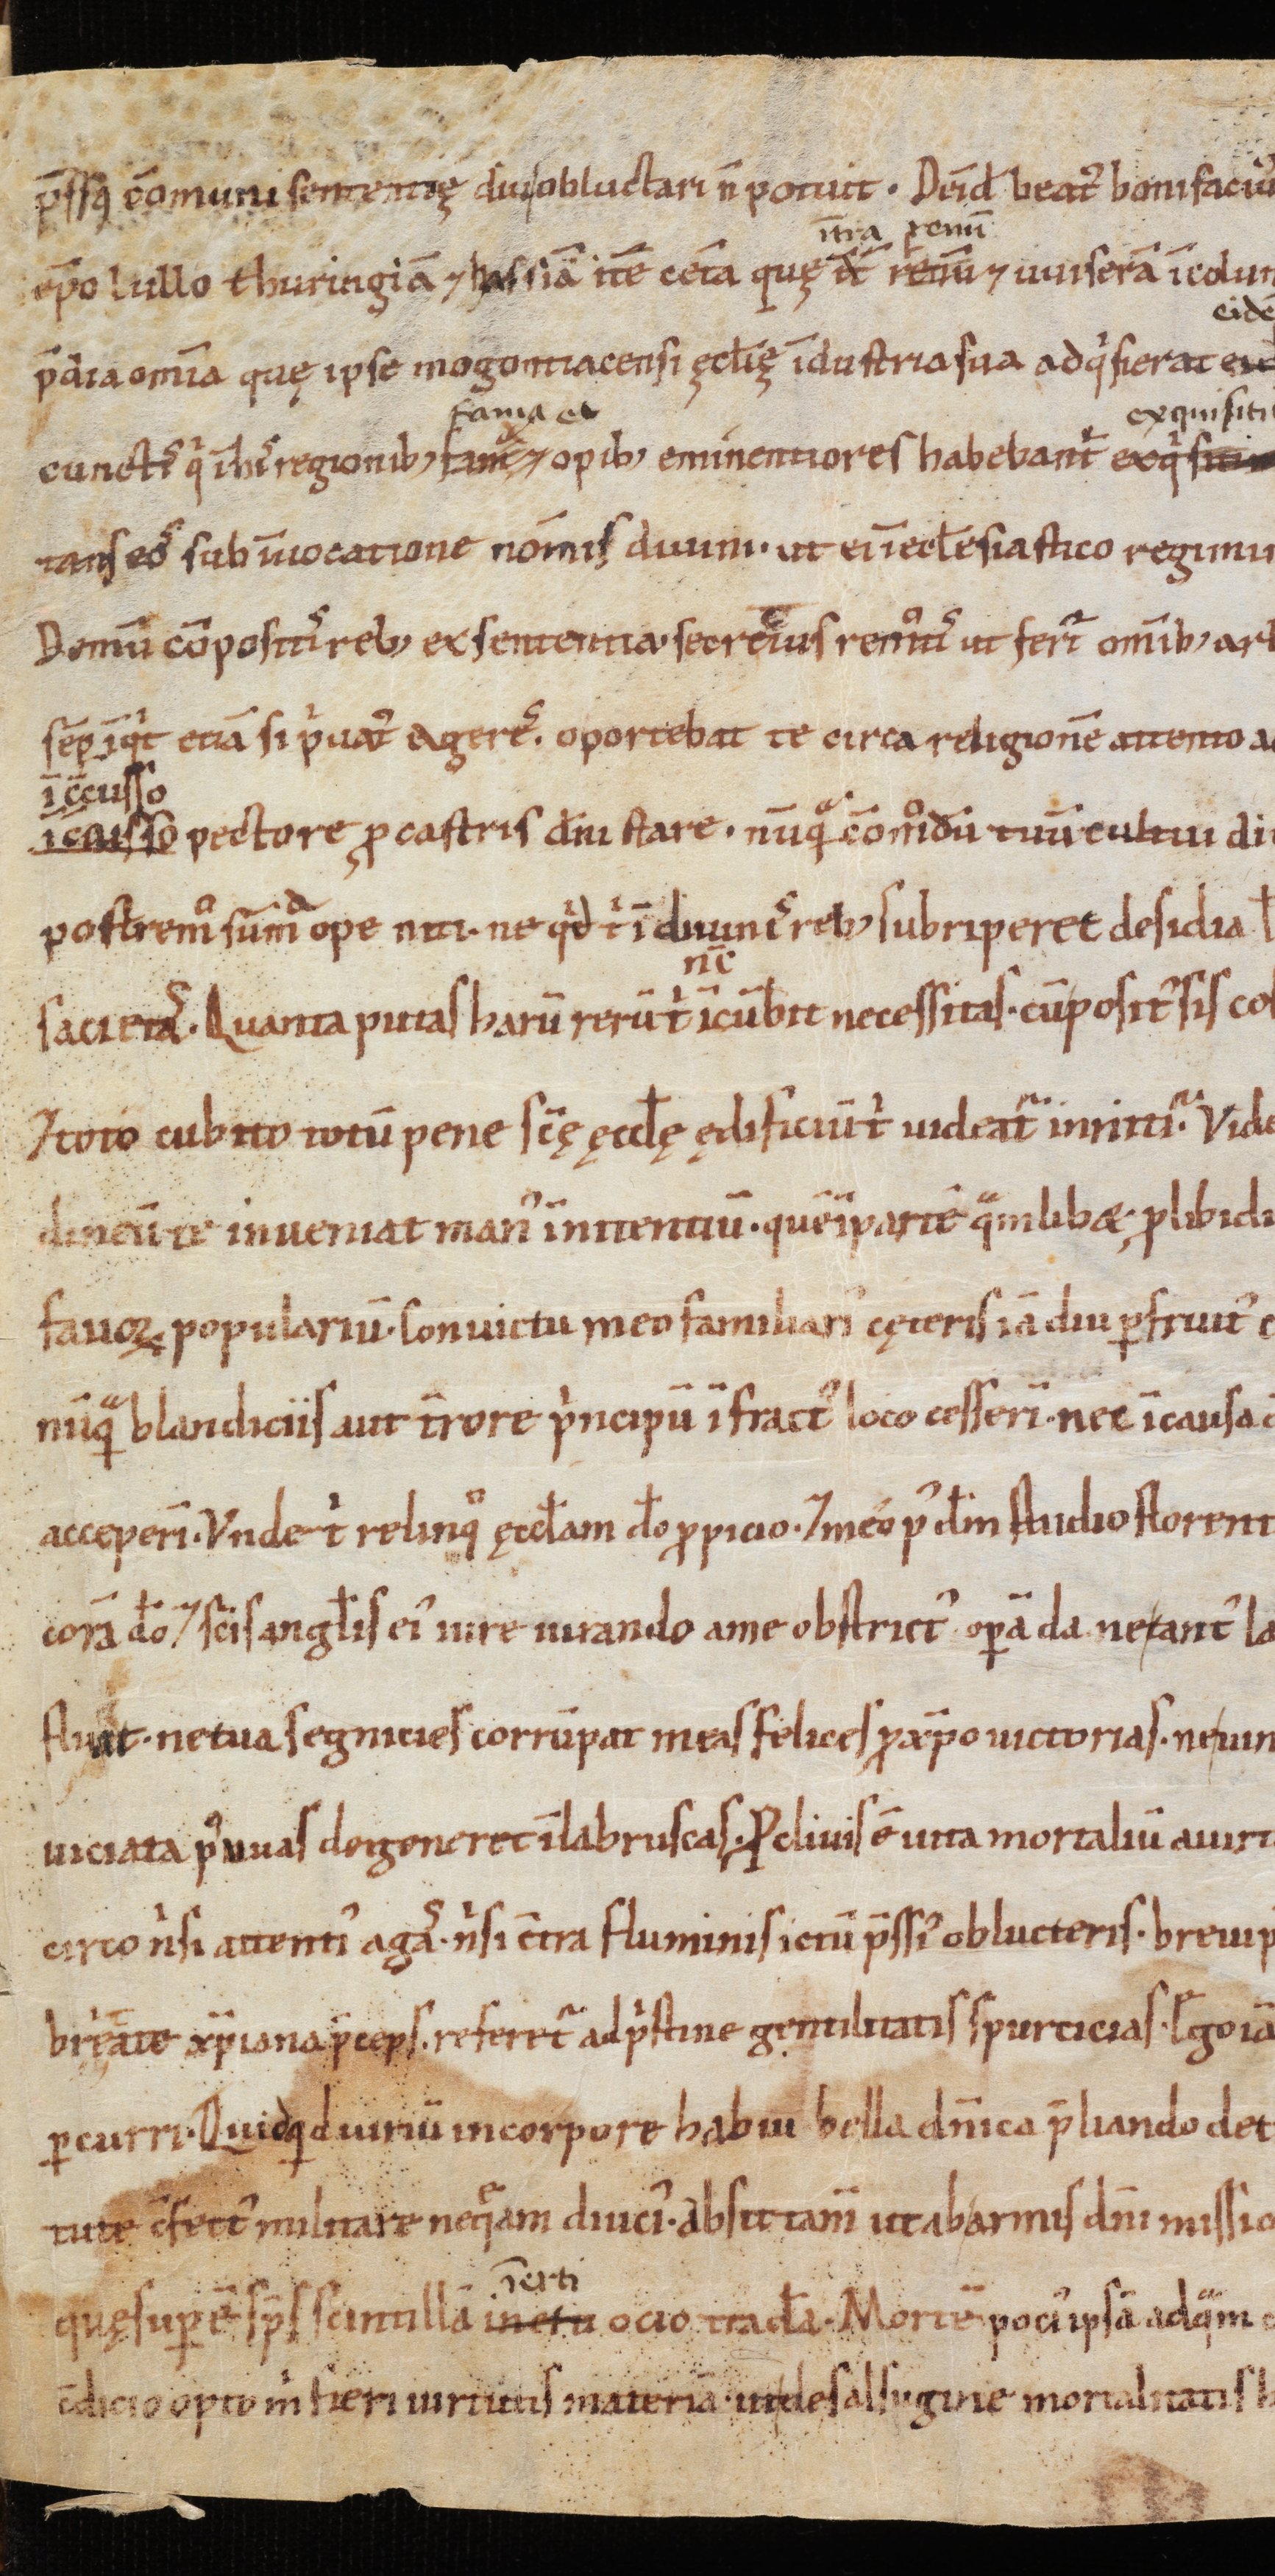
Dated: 1100–1099